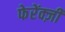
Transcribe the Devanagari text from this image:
फेरेंक्ज़ी